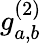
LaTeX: g_{a,b}^{(2)}